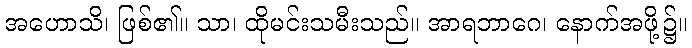
အဟောသိ၊ ဖြစ်၏။ သာ၊ ထိုမင်းသမီးသည်။ အာရဘာဂေ၊ နောက်အဖို့၌။